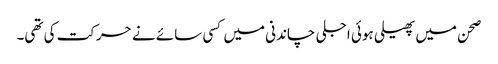
صحن میں پھیلی ہوئی اجلی چاندنی میں کسی سائے نے حرکت کی تھی۔